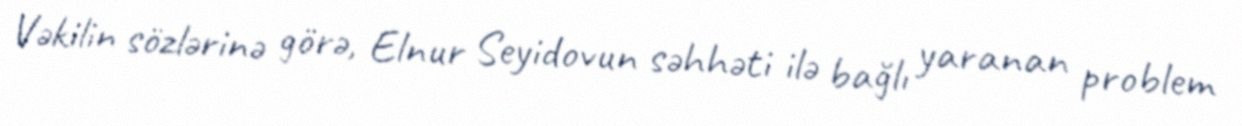
Vəkilin sözlərinə görə, Elnur Seyidovun səhhəti ilə bağlı yaranan problem